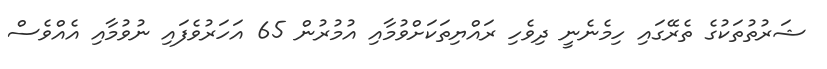
ޝަރުތުތަކުގެ ތެރޭގައި ހިމެނެނީ ދިވެހި ރައްޔިތަކަށްވުމާއި އުމުރުން 65 އަހަރުވެފައި ނުވުމާއި އެއްވެސް